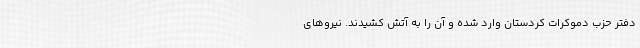
دفتر حزب دموکرات کردستان وارد شده و آن را به آتش کشیدند. نیروهای